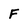
Character: F